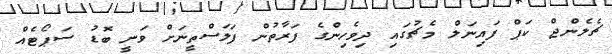
ޗެލެންޖް ކަޕް ފައިނަލް މެޗުގައި ދިވެހިންގެ ފަރާތުން ފަލަސްތީނަށް ވަނީ ބޮޑު ސަޕޯޓެއް